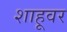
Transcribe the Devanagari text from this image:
शाहूवर